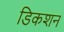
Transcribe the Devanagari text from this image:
डिकशन